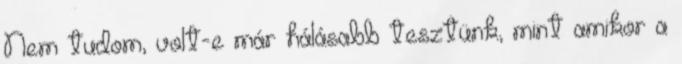
Nem tudom, volt-e már hálásabb tesztünk, mint amikor a